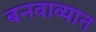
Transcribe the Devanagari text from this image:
बनवाव्यात